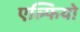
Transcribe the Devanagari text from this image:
एल्फियो